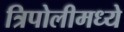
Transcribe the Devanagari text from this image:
त्रिपोलीमध्ये